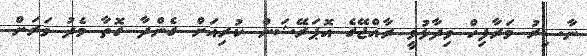
ނާސިރު މަރާފިހް ވިދާޅުވީ ރާއްޖޭގެ އޮޕަރޭޝަން ކުރިއަށް ގެންދާ ގޮތާ މެދު ވަރަށް